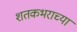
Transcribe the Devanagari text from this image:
शतकभराच्या